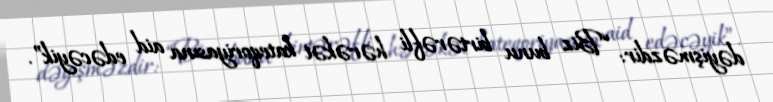
dəyişməzdir: “Biz bunu birtərəfli hərəkət kateqoriyasına aid edəcəyik”.